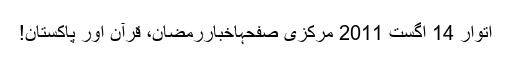
اتوار 14 اگست 2011 مرکزی صفحہاخباررمضان، قرآن اور پاکستان!